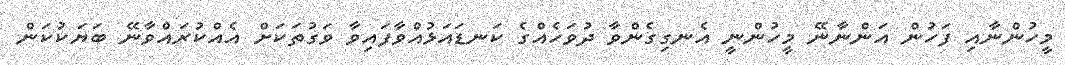
މީހުންނާއި ފަހުން އަންނާނޭ މީހުންނީ އެނގިގެންވާ ދުވަހެއްގެ ކަނޑައަޅުއްވާފައިވާ ވަގުތަކަށް އެއްކުރައްވާނޭ ބަޔަކުކަން